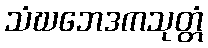
သံဃဘေဒကသုတ္တံ